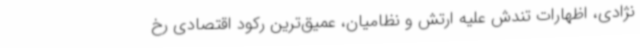
نژادی، اظهارات تندش علیه ارتش و نظامیان، عمیق‌ترین رکود اقتصادی رخ